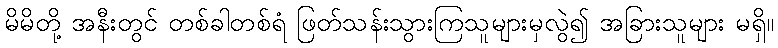
မိမိတို့ အနီးတွင် တစ်ခါတစ်ရံ ဖြတ်သန်းသွားကြသူများမှလွဲ၍ အခြားသူများ မရှိ။